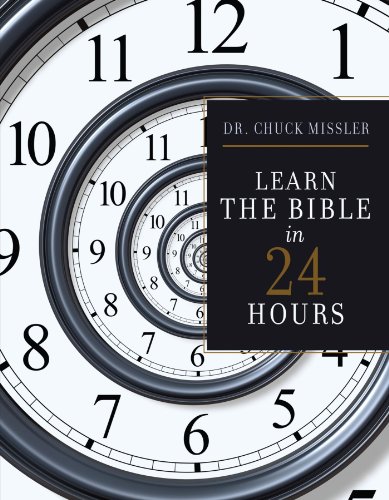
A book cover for Learn the Bible in 24 Hours; Chuck Missler; Christian Books & Bibles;